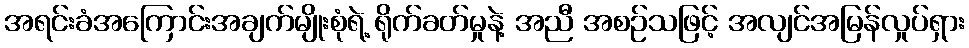
အရင်းခံအကြောင်းအချက်မျိုးစုံရဲ့ ရိုက်ခတ်မှုနဲ့ အညီ အစဉ်သဖြင့် အလျင်အမြန်လှုပ်ရှား